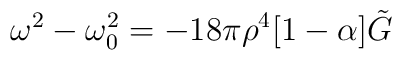
\omega^{2}-\omega^{2}_{0}=-18\pi\rho^{4}[1-\alpha]\tilde{G}